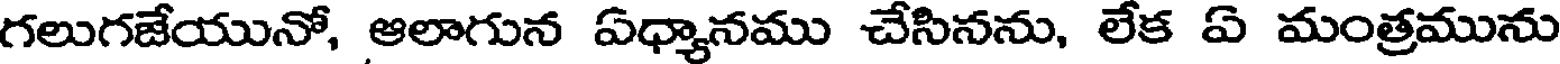
గలుగజేయునో, ఆలాగున ఏధ్యానము చేసినను, లేక ఏ మంత్రమును